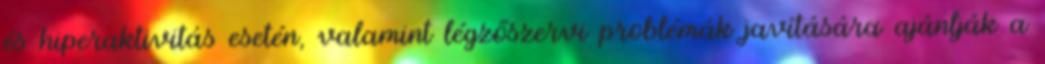
és hiperaktivitás esetén, valamint légzőszervi problémák javítására ajánlják a